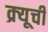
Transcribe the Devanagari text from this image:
क्र्यूची